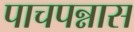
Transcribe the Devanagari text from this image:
पाचपन्नास